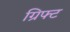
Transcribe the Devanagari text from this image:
ग्रिफ्ट